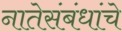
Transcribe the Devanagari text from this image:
नातेसंबंधांचे